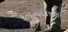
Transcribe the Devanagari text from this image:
९८६०५६४१५४